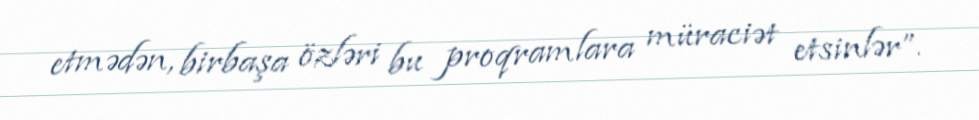
etmədən, birbaşa özləri bu proqramlara müraciət etsinlər”.